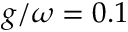
g / \omega = 0 . 1